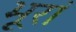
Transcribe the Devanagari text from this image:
भूरां